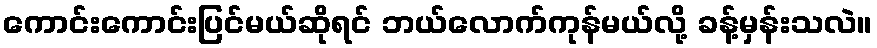
ကောင်းကောင်းပြင်မယ်ဆိုရင် ဘယ်လောက်ကုန်မယ်လို့ ခန့်မှန်းသလဲ။